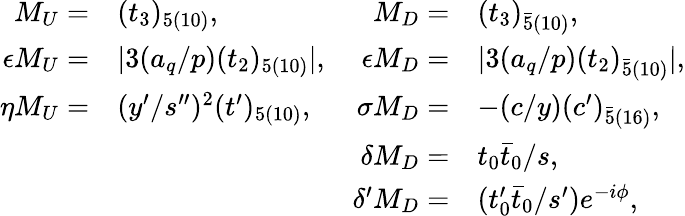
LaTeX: \begin{array}{rlrl}{{M_{U}=}}&{{(t_{3})_{5(10)},}}&{{M_{D}=}}&{{(t_{3})_{\bar{5}(10)},}}\\ {{\epsilon M_{U}=}}&{{|3(a_{q}/p)(t_{2})_{5(10)}|,}}&{{\epsilon M_{D}=}}&{{|3(a_{q}/p)(t_{2})_{\bar{5}(10)}|,}}\\ {{\eta M_{U}=}}&{{(y^{\prime}/s^{\prime\prime})^{2}(t^{\prime})_{5(10)},}}&{{\sigma M_{D}=}}&{{-(c/y)(c^{\prime})_{\bar{5}(16)},}}\\ {{}}&{{}}&{{\delta M_{D}=}}&{{t_{0}\bar{t}_{0}/s,}}\\ {{}}&{{}}&{{\delta^{\prime}M_{D}=}}&{{(t_{0}^{\prime}\bar{t}_{0}/s^{\prime})e^{-i\phi},}}\end{array}